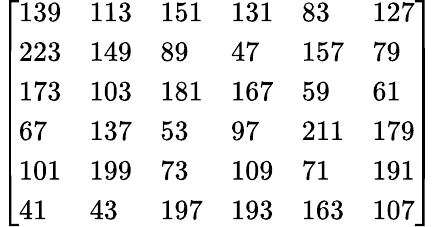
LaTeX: {\left[\begin{array}{llllll}{139}&{113}&{151}&{131}&{83}&{127}\\ {223}&{149}&{89}&{47}&{157}&{79}\\ {173}&{103}&{181}&{167}&{59}&{61}\\ {67}&{137}&{53}&{97}&{211}&{179}\\ {101}&{199}&{73}&{109}&{71}&{191}\\ {41}&{43}&{197}&{193}&{163}&{107}\end{array}\right]}